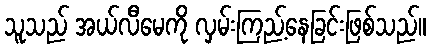
သူသည် အယ်လီမေကို လှမ်းကြည့်နေခြင်းဖြစ်သည်။